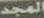
المجد